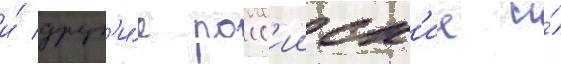
и́ друг'и́е росс'ииск'ие и́